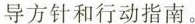
导方针和行动指南。